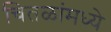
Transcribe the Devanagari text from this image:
चितळांमध्ये